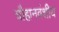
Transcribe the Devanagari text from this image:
चौहानवंशीय